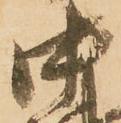
中